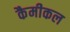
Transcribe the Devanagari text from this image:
कैमीकल